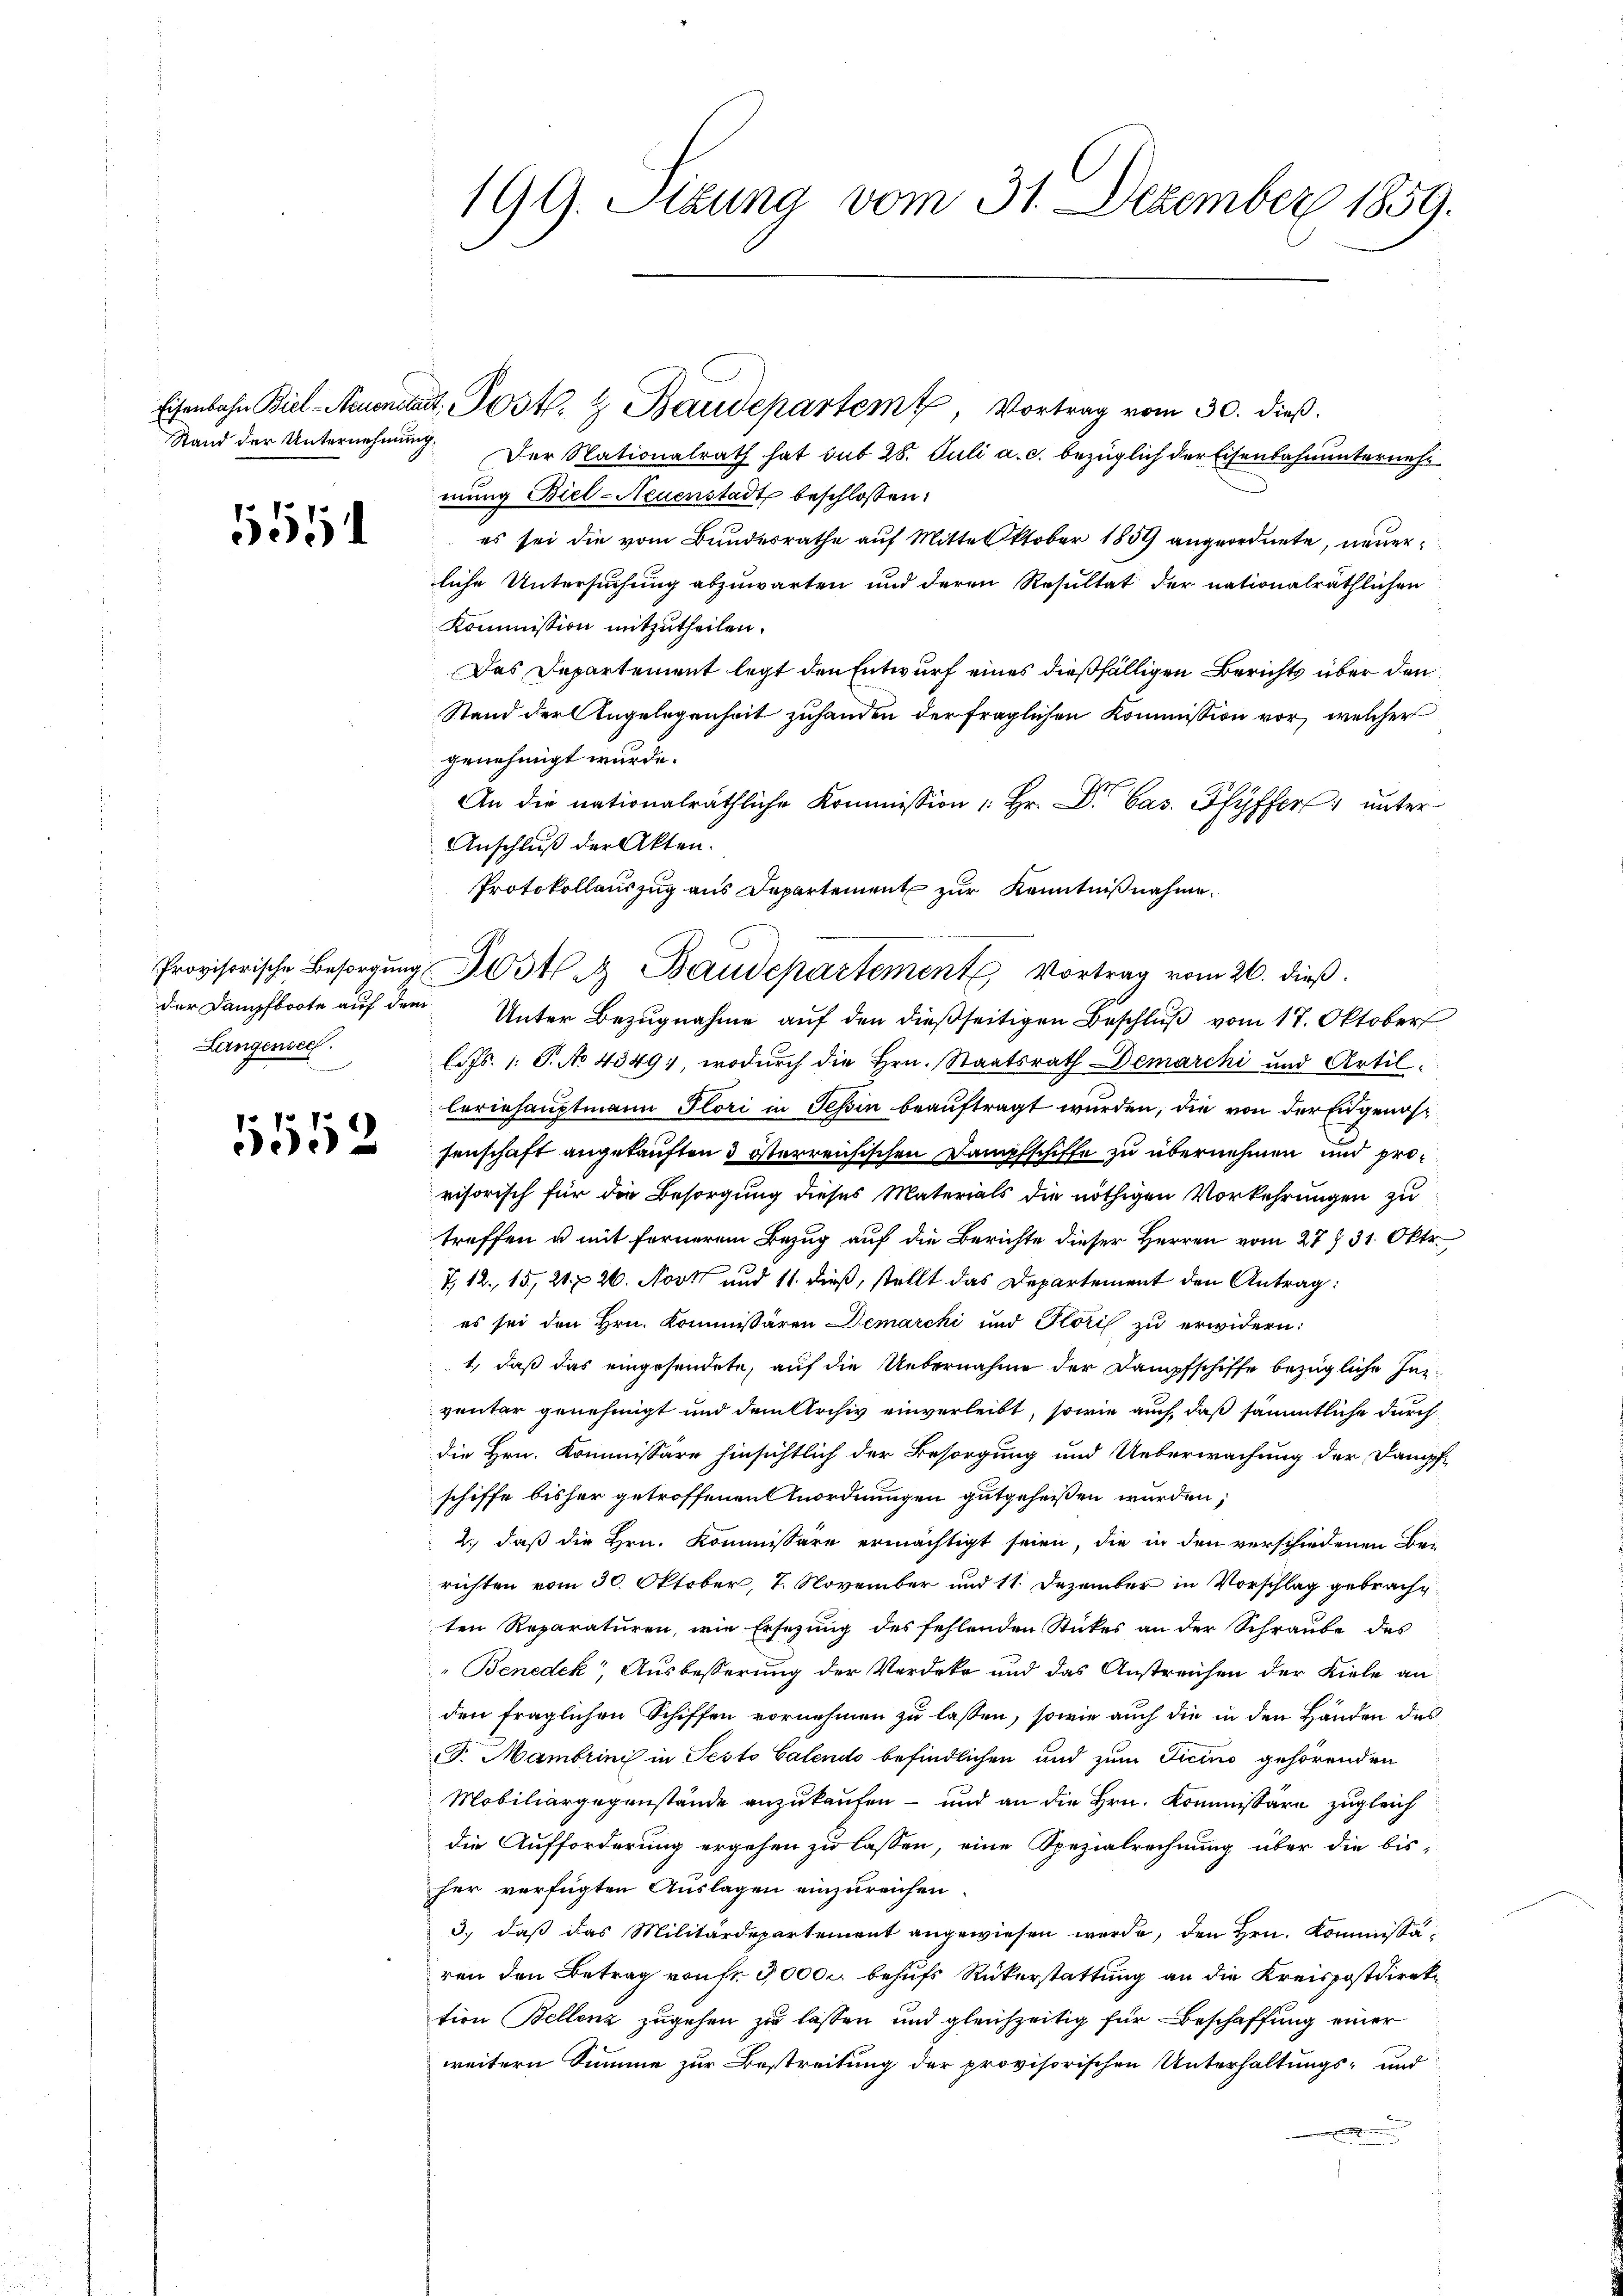
6551

Langensee.
e

15552

199. Sizung vom 31. Dezember 1859.

Eisenbahn Biel-Neuendant. Post. & Baudepartem Vortrag vom 30. dieß.
Stand der Unternehmung. Der Nationalrath hat sub 28. Juli a. c. bezüglich der Eisenbahnunternehmung Biel-Neuenstadt beschlossen:
es sei die vom Bundesrathe auf Mittelktober 1859 angeordnete, neuerliche Untersuchung abzuwarten und deren Resultat der nationalräthlichen
Kommission mitzutheilen.
Das Departement legt den Entwurf eines dießfälligen Berichts über den
Stand der Angelegenheit zuhanden der fraglichen Kommission vor, welcher
genehmigt wurde.
An die nationalräthliche Kommission " hr. Dr. Cas. Pfyffer unter
Anschluß der Akten.
Protokollauszug aus Departement zur Kenntnißnahme.
der Dampfboote auf dem Unter Bezugnahme auf den dießseitigen Beschluß vom 17. Oktober
l. Fs. 1. P. No 4349), wodurch die Hrn. Staatsrath Demarchi und Artilleriehauptmann Glori in Tessin beauftragt wurden, die von der Eidgenossenschaft angekauften 3 österreichischen Dampfschiffe zu übernehmen und provisorisch für die Besorgung dieses Materials die nöthigen Vorkehrungen zu
treffen u. mit fernerem Bezug auf die Berichte dieser Herren vom 27. 31. Okt.
T. 12. 15, 21. 26. Nov und 11. dieß, stellt das Departement den Antrag:
es sei den Hrn. Kommissären Demarchi und Gloris zu erwidern:
1., daß das eingesendete, auf die Uebernahme der Dampfschiffe bezügliche Iniventar genehmigt und dem Archiv einverleibt, sowie auch, daß sämmtliche durch
die Hrn. Kommissäre hinsichtlich der Besorgung und Ueberwachung der Dampf-
schiffe bisher getroffenen Anordnungen gutgeheißen wurden;
2., daß die Hrn. Kommissäre ermächtigt seien, die in den verschiedenen Berichten vom 30. Oktober, 7. November und 11. Dezember in Vorschlag gebracht
ten Reparaturen, wie Ersezung des fehlenden Stückes an der Schraube des
Benedek, Ausbesserung der Verdike und das Anstreichen der Kiele an
den fraglichen Schiffen vornehmen zu lassen, sowie auch die in den Händen des
S. Mambrini in Pesto Galendo befindlichen und zum Ticino gehörenden
Mobiliargegenstände anzukaufen – und an die Hrn. Kommissäre zugleich
die Aufforderung ergehen zu lassen, eine Spezialrechnung über die bis-
her verfügten Auslagen einzureichen.
3.) daß das Militärdepartement angewiesen werde, den Hrn. Kommissären den Betrag von fr. 30000 behufs Rükerstattung an die Kreispostdirektion Bellenz zugehen zu lassen und gleichzeitig für Beschaffung einer
weitern Summe zur Bestreitung der provisorischen Unterhaltungs- und
.

Provisorische Besorgung 30ste Baudepartement Vortrag vom 26. dieß.